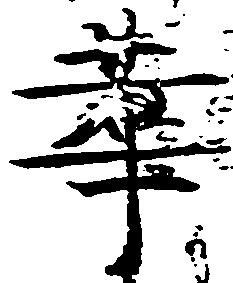
華